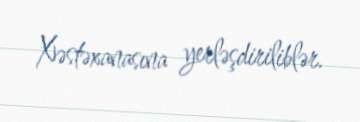
Xəstəxanasına yerləşdiriliblər.